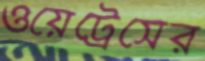
ওয়েট্রেসের